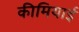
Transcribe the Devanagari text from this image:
कीमियाई